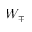
W _ { \mp }